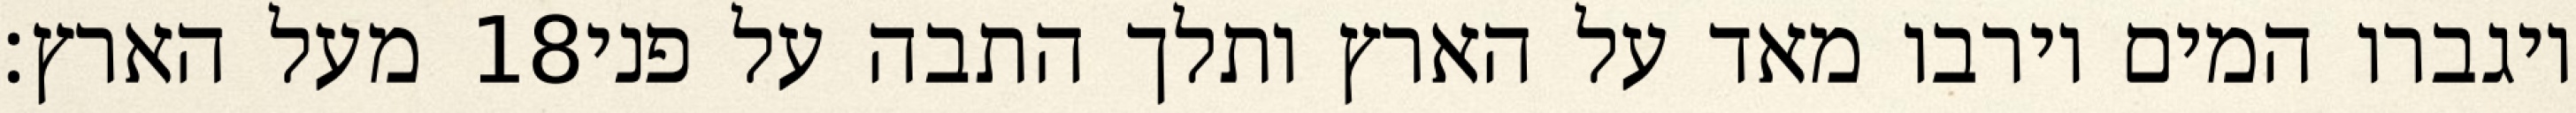
מעל הארץ׃ ‎18‏ ויגברו המים וירבו מאד על הארץ ותלך התבה על פני